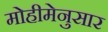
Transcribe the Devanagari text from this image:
मोहीमेनुसार